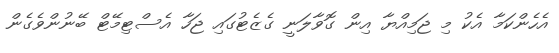
އެހެންކަމާ އެކު މި ޖަމިއްޔާ އިން ގޮވާލަނީ ގެޒެޓުގައި ޖަހާ އެސްޓިމޭޓް ބޭނުންވެގެން